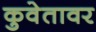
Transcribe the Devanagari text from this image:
कुवेतावर